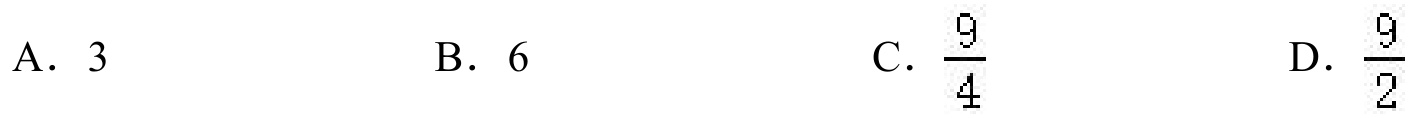
A. \(3\)  B. \(6\)  C. \(\frac{9}{4}\)  D. \(\frac{9}{2}\)